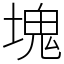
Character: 塊